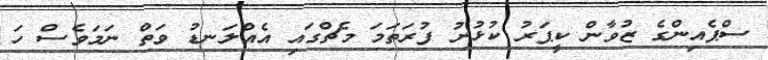
ސްޕެއިންގެ ޒުވާން ކީޕަރު ކުޅުނު ފުރަތަމަ މެޗްގައި އެއްލަނޑު ވަތް ނަމަވެސް ހަ